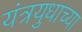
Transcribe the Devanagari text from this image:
यंत्रयुधाच्या